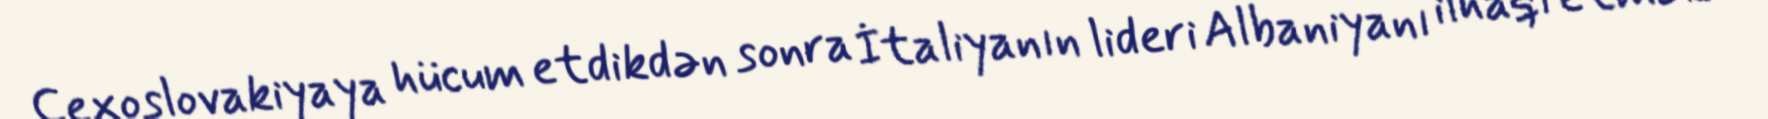
Çexoslovakiyaya hücum etdikdən sonra İtaliyanın lideri Albaniyanı ilhaqı etmək